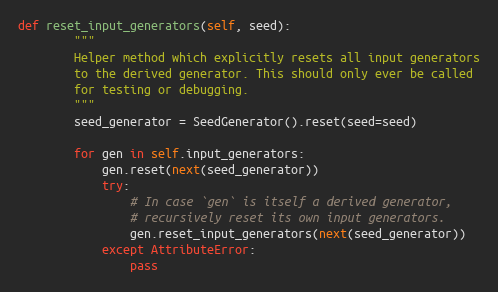
Language: Python
def reset_input_generators(self, seed):
        """
        Helper method which explicitly resets all input generators
        to the derived generator. This should only ever be called
        for testing or debugging.
        """
        seed_generator = SeedGenerator().reset(seed=seed)

        for gen in self.input_generators:
            gen.reset(next(seed_generator))
            try:
                # In case `gen` is itself a derived generator,
                # recursively reset its own input generators.
                gen.reset_input_generators(next(seed_generator))
            except AttributeError:
                pass